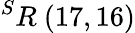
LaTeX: ^{S}R\ (17,16)